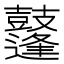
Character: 𪔲